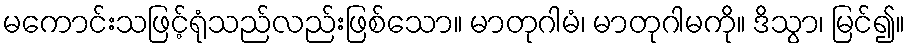
မကောင်းသဖြင့်ရုံသည်လည်းဖြစ်သော။ မာတုဂါမံ၊ မာတုဂါမကို။ ဒိသွာ၊ မြင်၍။